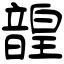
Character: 韹